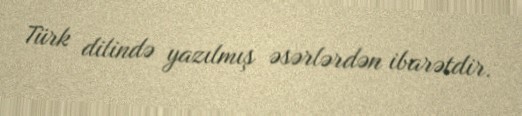
Türk dilində yazılmış əsərlərdən ibarətdir.